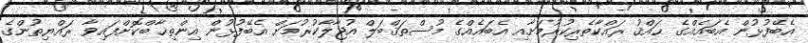
އެބޭފުޅުން އެބައެއްގެ ޙައްޤު ރައްކާތެރިކުރުމަށާއި އެބައެއްގެ މުސްތަޤްބަލް އުޖާލާކުރުމަށް އެބޭފުޅުން އިންތިޚާބްކޮށްފައިވާ ރައްޔިތުންގެ